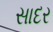
સાદર